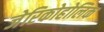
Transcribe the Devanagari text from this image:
जेरिकोहोलिक